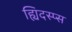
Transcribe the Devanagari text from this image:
ह्यिदस्प्स